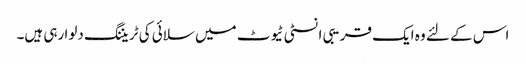
اس کے لئے وہ ایک قریبی انسٹی ٹیوٹ میں سلائی کی ٹریننگ دلوا رہی ہیں۔